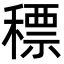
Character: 䅺